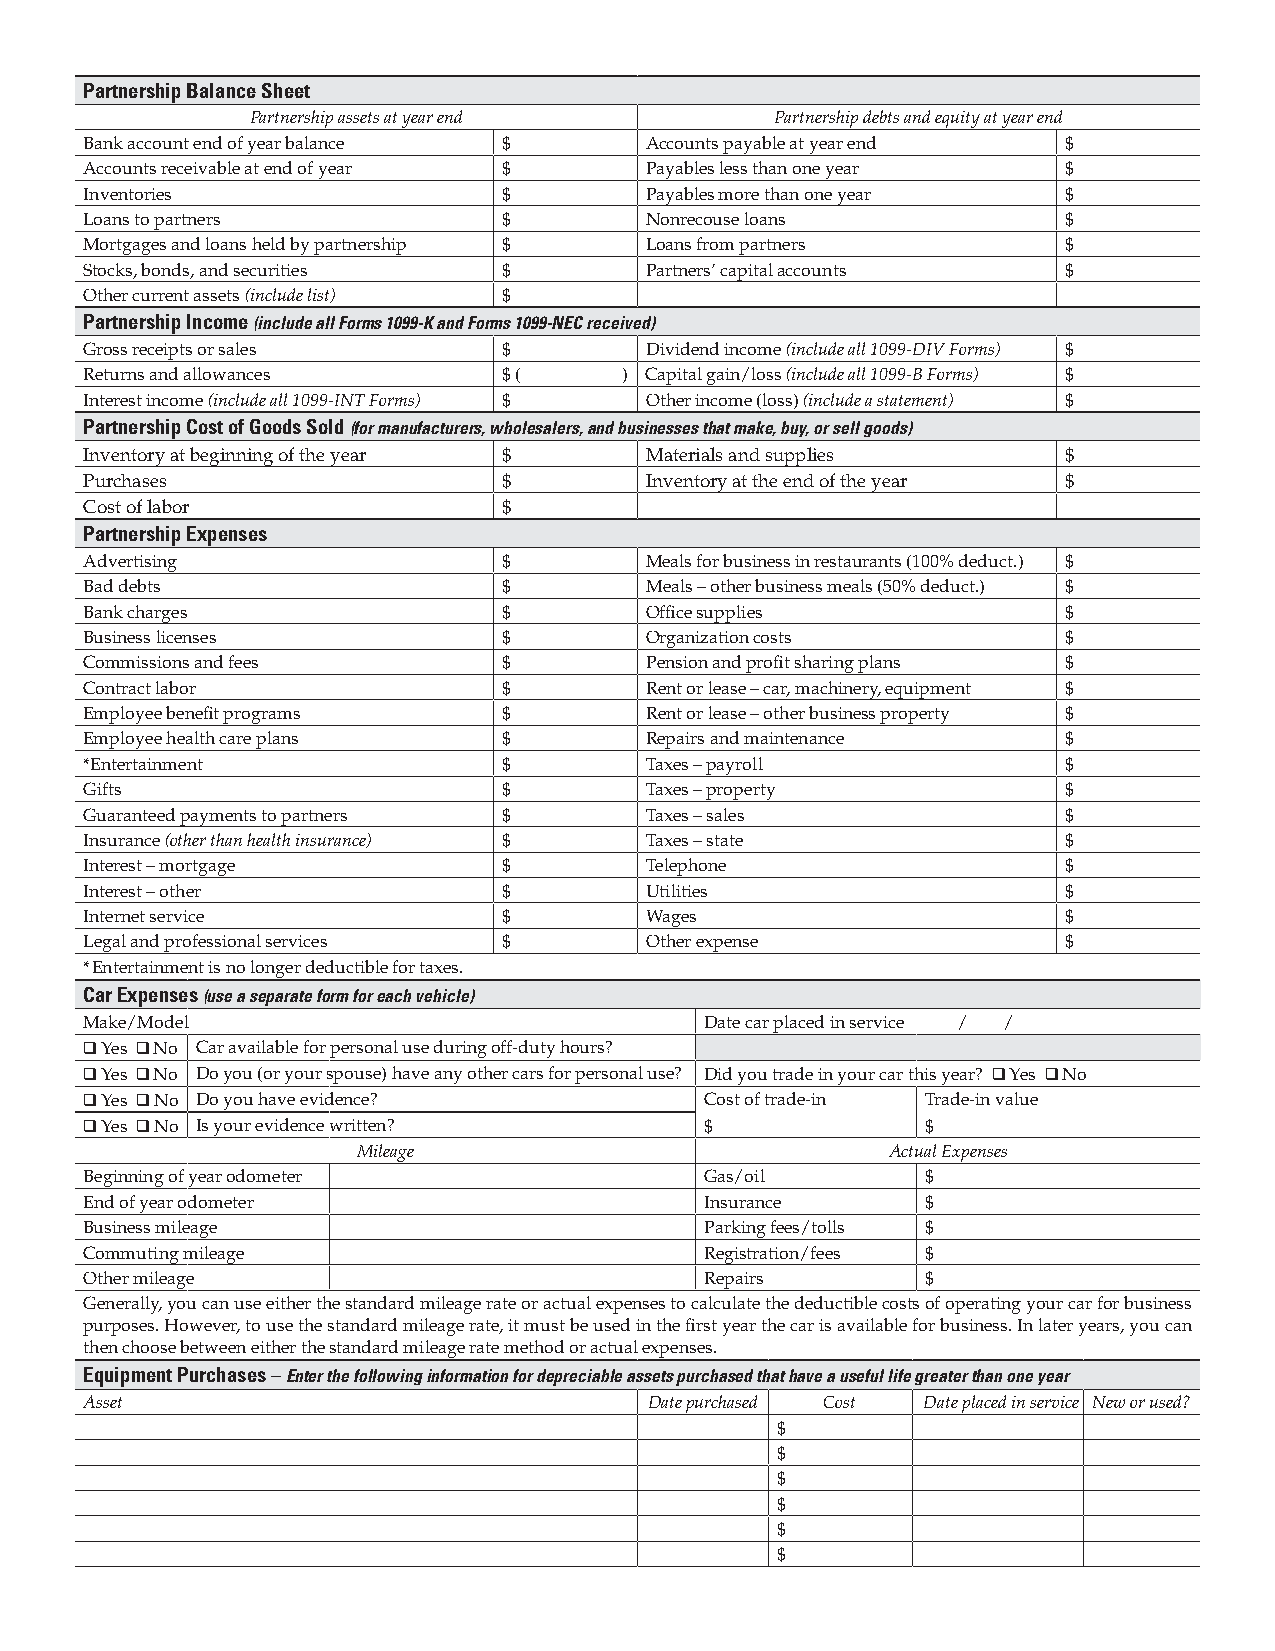
Partnership Balance Sheet
 Partnership assets at year end    Partnership debts and equity at year end
 Bank account end of year balance $   Accounts payable at year end $
 Accounts receivable at end of year $ Payables less than one year $
 Inventories                $         Payables more than one year $
 Loans to partners          $         Nonrecouse loans           $
 Mortgages and loans held by partnership $ Loans from partners   $
 Stocks, bonds, and securities $      Partners’ capital accounts $
 Other current assets (include list) $
 Partnership Income (include all Forms 1099-K and Forms 1099-NEC received)
 Gross receipts or sales    $         Dividend income (include all 1099-DIV Forms) $
 Returns and allowances     $ (     ) Capital gain/loss (include all 1099-B Forms) $
 Interest income (include all 1099-INT Forms) $ Other income (loss) (include a statement) $
 Partnership Cost of Goods Sold (for manufacturers, wholesalers, and businesses that make, buy, or sell goods)
 Inventory at beginning of the year $ Materials and supplies     $
 Purchases                  $         Inventory at the end of the year $
 Cost of labor              $
 Partnership Expenses
 Advertising                $         Meals for business in restaurants (100% deduct.) $
 Bad debts                  $         Meals – other business meals (50% deduct.) $
 Bank charges               $         Office supplies            $
 Business licenses          $         Organization costs         $
 Commissions and fees       $         Pension and profit sharing plans $
 Contract labor             $         Rent or lease – car, machinery, equipment $
 Employee benefit programs  $         Rent or lease – other business property $
 Employee health care plans $         Repairs and maintenance    $
 *Entertainment             $         Taxes – payroll            $
 Gifts                      $         Taxes – property           $
 Guaranteed payments to partners $    Taxes – sales              $
 Insurance (other than health insurance) $ Taxes – state         $
 Interest – mortgage        $         Telephone                  $
 Interest – other           $         Utilities                  $
 Internet service           $         Wages                      $
 Legal and professional services $    Other expense              $
 * Entertainment is no longer deductible for taxes.
 Car Expenses (use a separate form for each vehicle)
 Make/Model                               Date car placed in service / /
 ❑ Yes ❑ No Car available for personal use during off-duty hours?
 ❑ Yes ❑ No Do you (or your spouse) have any other cars for personal use? Did you trade in your car this year? ❑ Yes ❑ No
 ❑ Yes ❑ No Do you have evidence?         Cost of trade-in Trade-in value
 ❑ Yes ❑ No Is your evidence written?     $             $
 Mileage                            Actual Expenses
 Beginning of year odometer               Gas/oil       $
 End of year odometer                     Insurance     $
 Business mileage                         Parking fees/tolls $
 Commuting mileage                        Registration/fees $
 Other mileage                            Repairs       $
 Generally, you can use either the standard mileage rate or actual expenses to calculate the deductible costs of operating your car for business
 purposes. However, to use the standard mileage rate, it must be used in the first year the car is available for business. In later years, you can
 then choose between either the standard mileage rate method or actual expenses.
 Equipment Purchases – Enter the following information for depreciable assets purchased that have a useful life greater than one year
 Asset                                Date purchased Cost Date placed in service New or used?
 $
 $
 $
 $
 $
 $